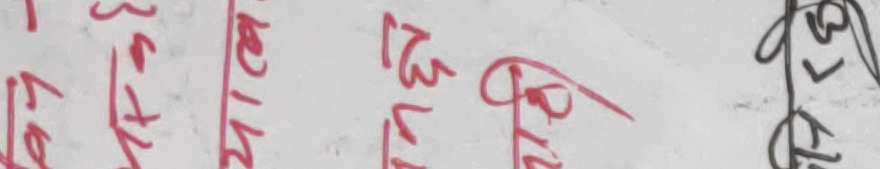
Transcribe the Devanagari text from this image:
श्री १३ २७ ३५ ५०